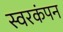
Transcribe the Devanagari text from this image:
स्वरकंपन